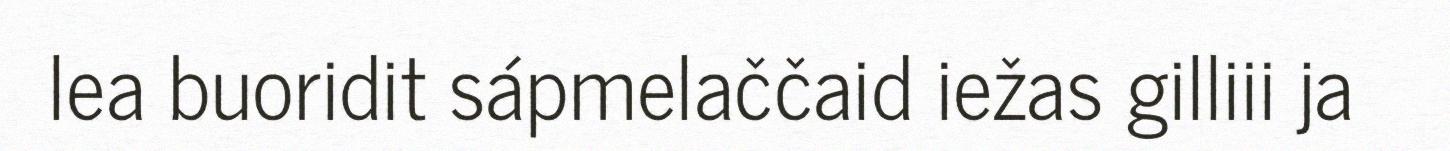
lea buoridit sápmelaččaid iežas gilliii ja